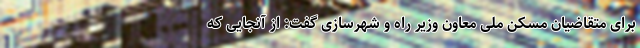
برای متقاضیان مسکن ملی معاون وزیر راه و شهرسازی گفت: از آنجایی که